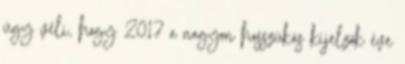
úgy véli, hogy 2017 a nagyon hosszúkás kijelzők éve